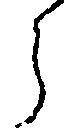
ら